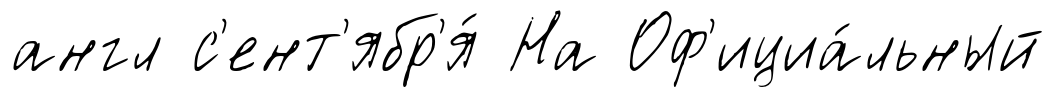
англ с'ент'ябр'я́ На Оф'ициа́льный